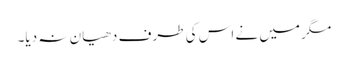
مگر میں نے اس کی طرف دھیان نہ دیا۔